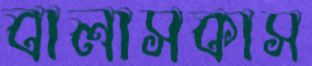
বালাসকাস